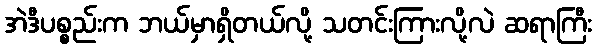
အဲဒီပစ္စည်းက ဘယ်မှာရှိတယ်လို့ သတင်းကြားလို့လဲ ဆရာကြီး